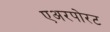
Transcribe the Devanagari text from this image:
एअरपोरट